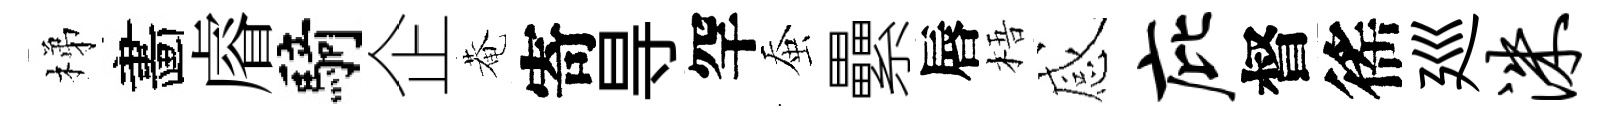
梯畵𥈠騎企菴寄㝵罕蚕纍唇梧感庇督徭廵洙